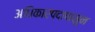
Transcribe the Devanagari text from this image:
अधिकारपदापासून